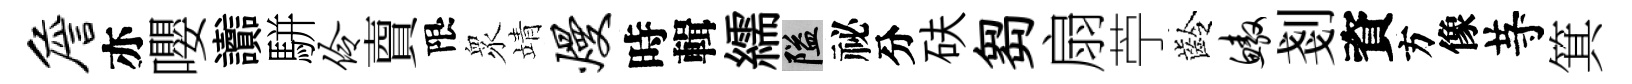
詹亦嚶讟駢伶𧶠限衆靖熳時輯繻隘祕分砆芻扇苧齡鳌剗資方像䒭箕